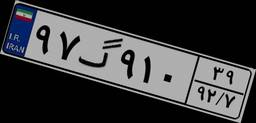
۲۶گ۱۱۹۷۸